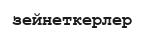
зейнеткерлер